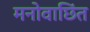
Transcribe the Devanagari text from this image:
मनोवाछिंत